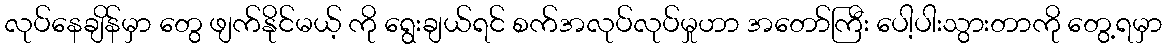
လုပ်နေချိန်မှာ တွေ ဖျက်နိုင်မယ့် ကို ရွေးချယ်ရင် စက်အလုပ်လုပ်မှုဟာ အတော်ကြီး ပေါ့ပါးသွားတာကို တွေ့ရမှာ